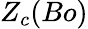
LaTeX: Z_{c}(Bo)